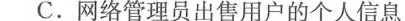
C.网络管理员出售用户的个人信息